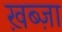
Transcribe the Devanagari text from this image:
ख़ब्ज़ा